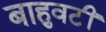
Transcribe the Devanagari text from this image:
बाहुवटीं